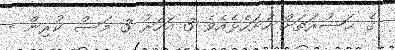
ގެ ޙަޟުރަތަށް ހުށަހެޅެއެވެ 3 އަހަރު 3 މަސް ކުރިން -